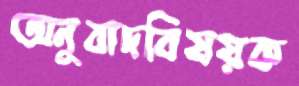
অনুবাদবিষয়ক